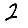
Digit: 2